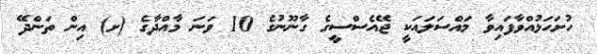
ހުށަހަޅުއްވާފައިވާ މައްސަލައަކީ ޖޭއެސްސީގެ ގާނޫނުގެ 10 ވަނަ މާއްދާގެ (ށ) އިން ތަންދޭ